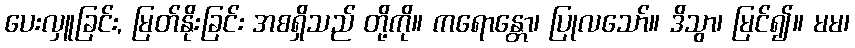
ပေးလှူခြင်း, မြတ်နိုးခြင်း အစရှိသည် တို့ကို။ ကရောန္တော၊ ပြုလသော်။ ဒိသွာ၊ မြင်၍။ မမ၊